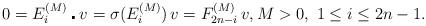
LaTeX: \begin{align*}0=E_{i}^{(M)}\centerdot v=\sigma(E_{i}^{(M)})\, v=F_{2n-i}^{(M)}\, v , M>0,\ 1\leq i\leq 2n-1.\end{align*}